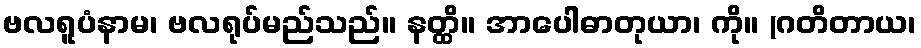
ဗလရူပံနာမ၊ ဗလရုပ်မည်သည်။ နတ္ထိ။ အာပေါဓာတုယာ၊ ကို။ (ဂတိတာယ၊